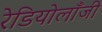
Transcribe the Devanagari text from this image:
रेडियोलॉंजी